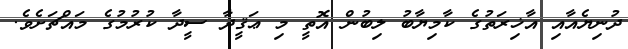
ދުނިޔެއާއި އާޚިރަތުގެ ކާމިޔާބު ލިބުން އޮތީ މި ޢަޤީދާ ސީދާ ކުރުމުގެ މައްޗަށެވެ.